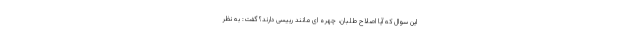
این سوال که آیا اصلاح طلبان، چهره ای مانند رییسی دارند؟ گفت: به نظر